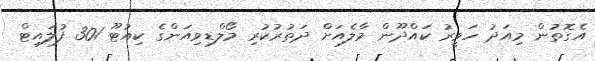
އެގޮތުން މިއަދު ހަވީރު ކައްދޫން މާލެއަށް ދަތުރުކުރި މޯލްޑިވިއަންގެ ކިއުޓޫ 301 ފުލައިޓް